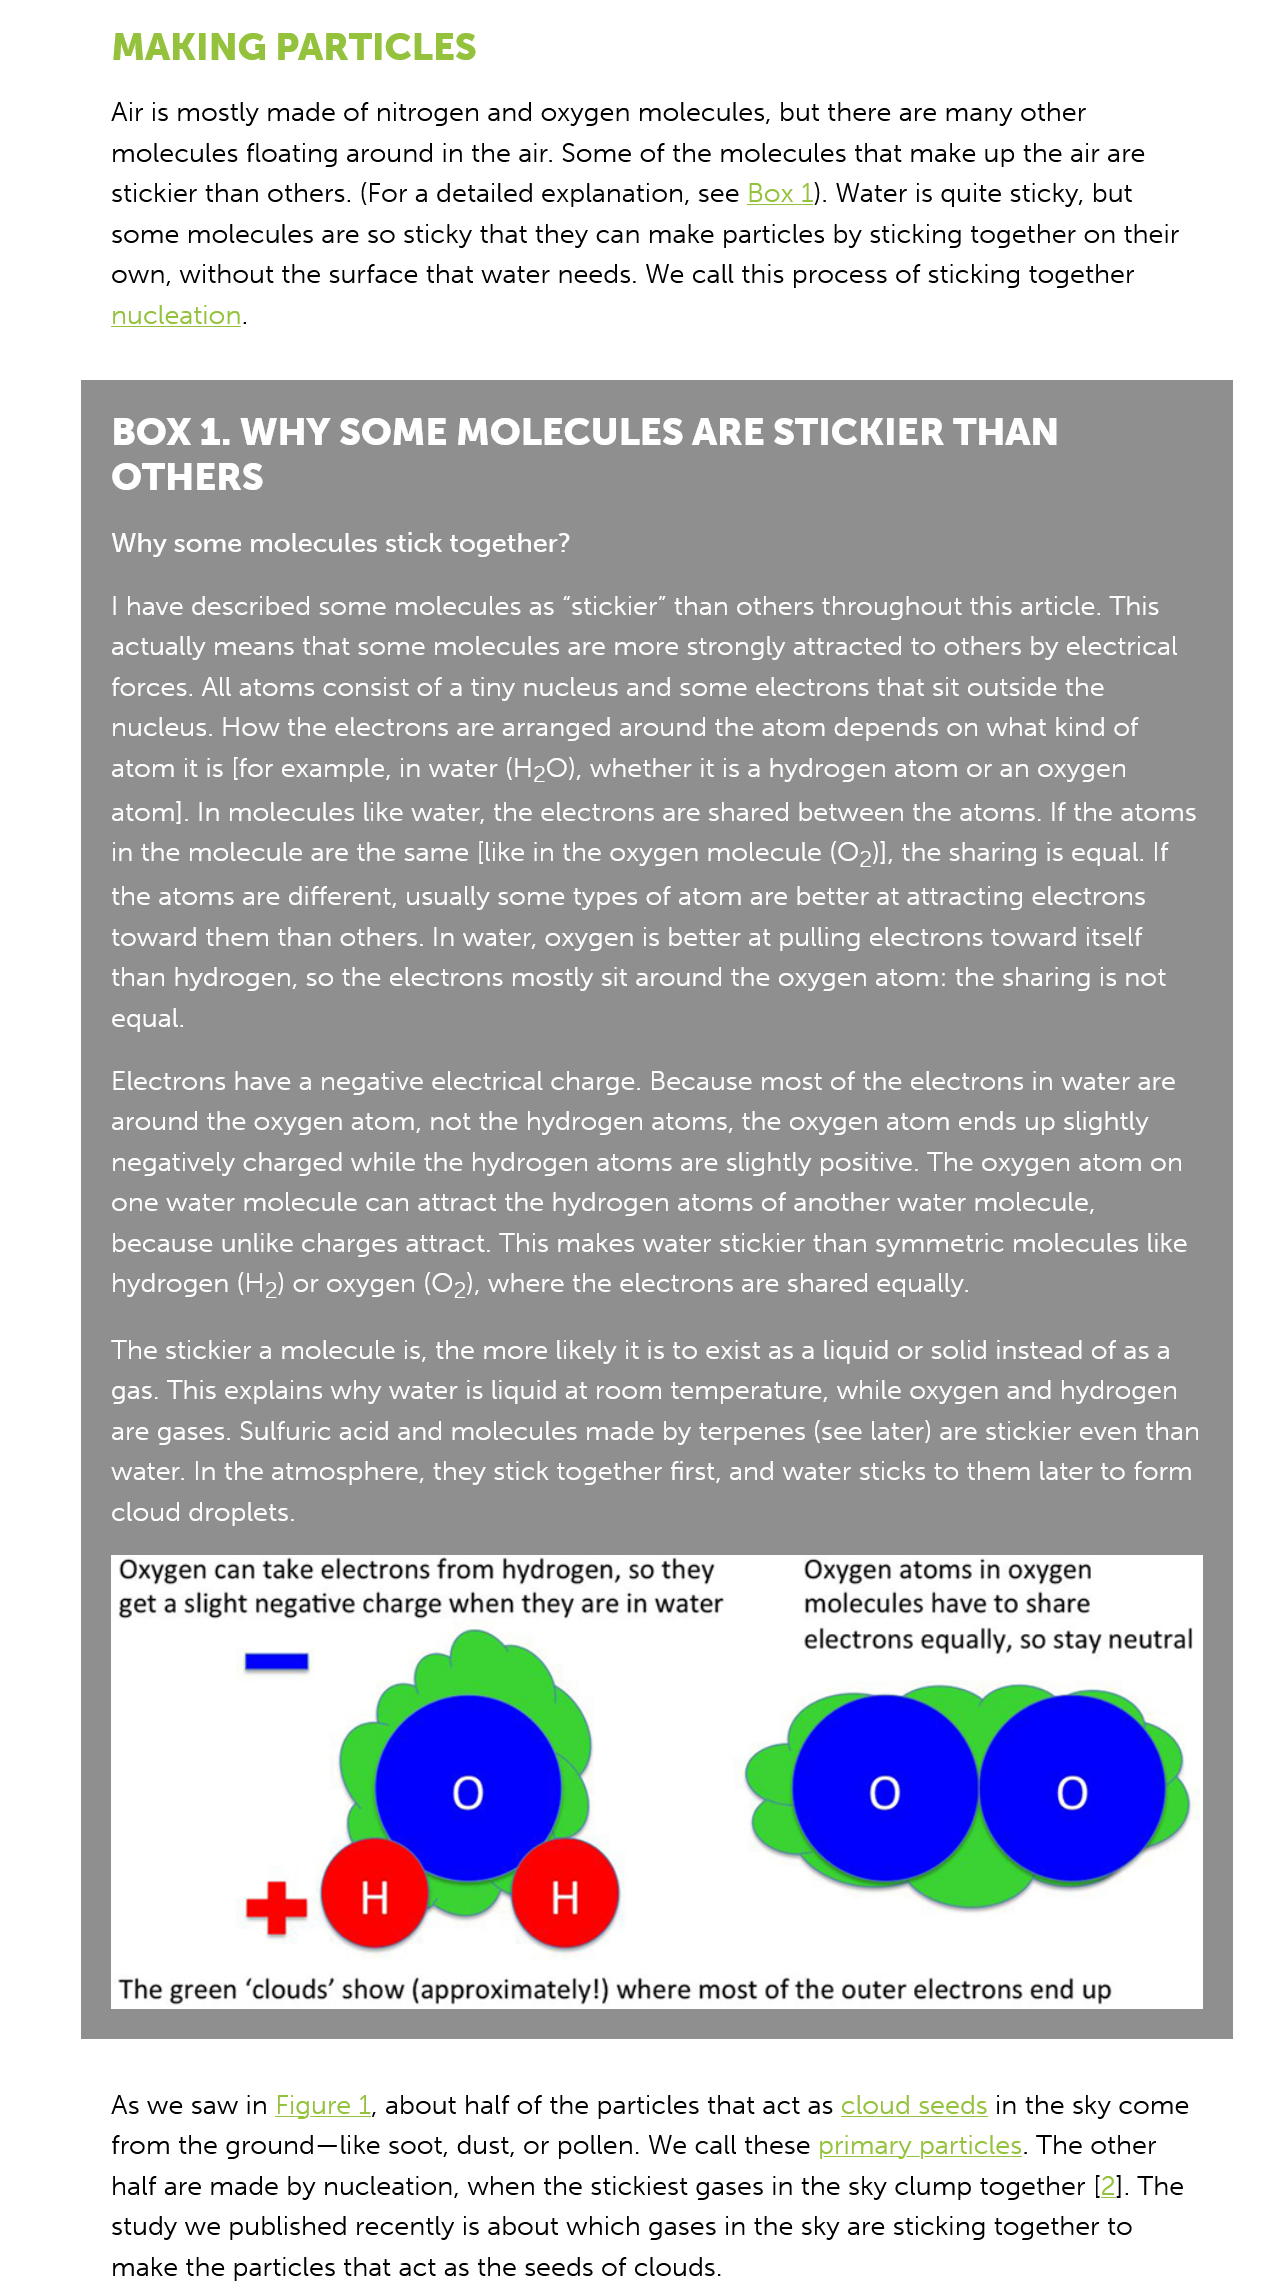
MAKING    PARTICLES
     Air is mostly made of nitrogen and oxygen molecules, but there are many other
     molecules floating around in the air. Some of the molecules that make up the air are
     stickier than others. (For a detailed explanation, see Box 1). Water is quite sticky, but
     some  molecules are so sticky that they can make particles by sticking together on their
     own, without the surface that water needs. We call this process of sticking together
     nucleation.
     BOX   1. WHY   SOME    MOLECULES    ARE   STICKIER    THAN
     OTHERS
     Why  some molecules stick together?
     | have described some molecules as “stickier” than others throughout this article. This
     actually means that some molecules are more strongly attracted to others by electrical
     forces. All atoms consist of a tiny nucleus and some electrons that sit outside the
     nucleus. How the electrons are arranged around the atom depends on what kind of
     atom it is [for example, in water (H2O), whether it is a hydrogen atom or an oxygen
     atom]. In molecules like water, the electrons are shared between the atoms. If the atoms
     in the molecule are the same [like in the oxygen molecule (Op)], the sharing is equal. If
     the atoms are different, usually some types of atom are better at attracting electrons
     toward them than others. In water, oxygen is better at pulling electrons toward itself
     than hydrogen, so the electrons mostly sit around the oxygen atom: the sharing is not
     equal.
     Electrons have a negative electrical charge. Because most of the electrons in water are
     around the oxygen atom, not the hydrogen atoms, the oxygen atom ends up slightly
     negatively charged while the hydrogen atoms are slightly positive. The oxygen atom on
     one water molecule can attract the hydrogen atoms of another water molecule,
     because unlike charges attract. This makes water stickier than symmetric molecules like
     hydrogen (Hz) or oxygen (O2), where the electrons are shared equally.
     The stickier a molecule is, the more likely it is to exist as a liquid or solid instead of as a
     gas. This explains why water is liquid at room temperature, while oxygen and hydrogen
     are gases. Sulfuric acid and molecules made by terpenes (see later) are stickier even than
     water. In the atmosphere, they stick together first, and water sticks to them later to form
     cloud droplets.
     Oxygen can take electrons trom hydrogen, so they Oxygen atoms In oxygen
     get a slight negative charge when they are in water molecules have to share
     electrons equally, so stay neutral

     +
     The green ‘clouds’ show (approximately!) where most of the outer electrons end up

     Oxygen can take electrons from hydrogen, so they
     get a slight negative charge when they are in wate
     Oxygen atoms in oxygen
     molecules have to share
     electrons equally, so stay neutral
     7  The green ‘clouds’ show (approximately!) where most of the outer electrons end up
     As we saw in Figure
     1,
     about half of the particles that act as cloud seeds in the sky come
     from the ground—like soot, dust, or pollen. We call these primary particles. The other
     half are made by nucleation, when the stickiest gases in the sky clump together [2]. The
     study we published recently is about which gases in the sky are sticking together to
     make the particles that act as the seeds of clouds.